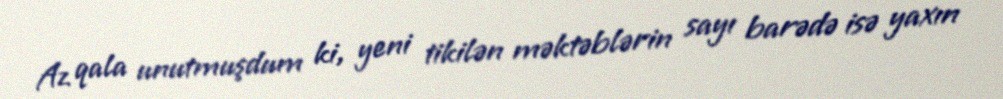
Az qala unutmuşdum ki, yeni tikilən məktəblərin sayı barədə isə yaxın